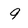
Character: 9